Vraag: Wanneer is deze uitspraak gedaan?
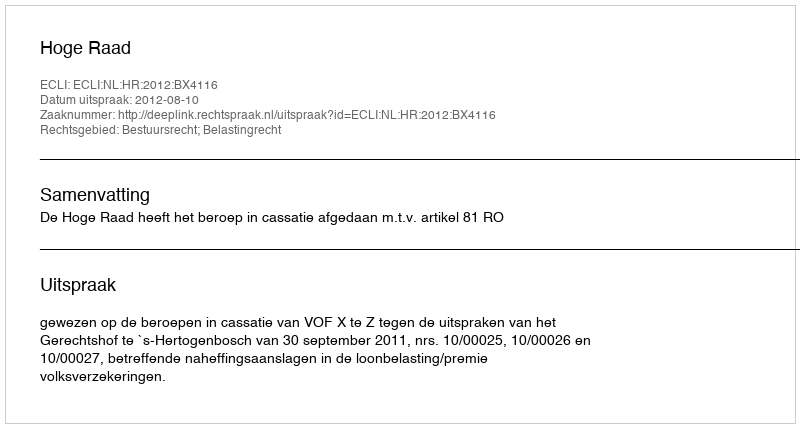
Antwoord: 2012-08-10